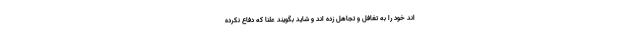
اند خود را به تغافل و تجاهل زده اند و شاید بگویند علنا که دفاع نکرده